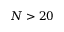
N > 2 0